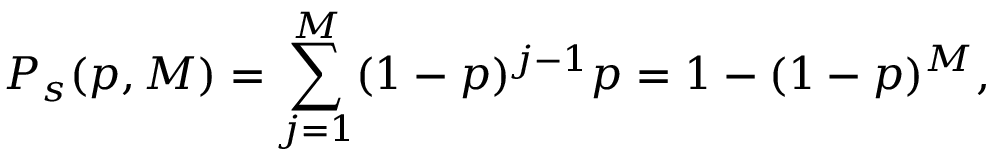
P _ { s } ( p , M ) = \sum _ { j = 1 } ^ { M } ( 1 - p ) ^ { j - 1 } p = 1 - ( 1 - p ) ^ { M } ,